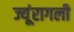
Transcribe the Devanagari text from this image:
ज्यूंरागली